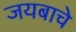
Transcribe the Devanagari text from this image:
जयबाचे